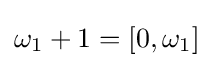
\omega _{1}+1=[0,\omega _{1}]